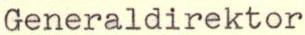
Generaldirektor